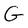
Character: G